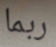
ربما